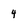
Character: 4